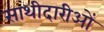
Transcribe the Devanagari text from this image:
साथीदारीओं